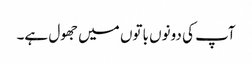
آپ کی دونوں باتوں میں جھول ہے۔